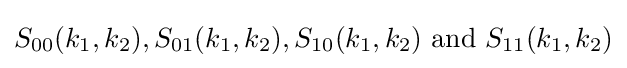
S_{00}(k_{1},k_{2}),S_{01}(k_{1},k_{2}),S_{10}(k_{1},k_{2}){\text{ and }}S_{11}(k_{1},k_{2})